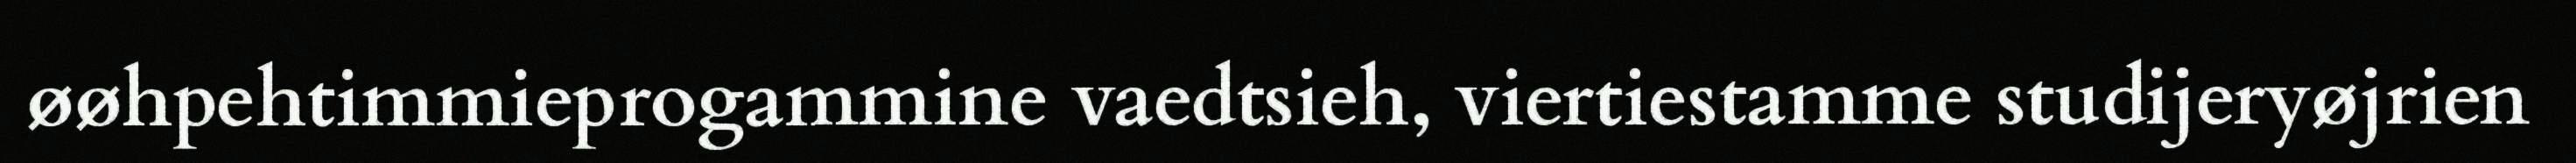
øøhpehtimmieprogammine vaedtsieh, viertiestamme studijeryøjrien